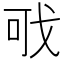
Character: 𢦪